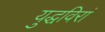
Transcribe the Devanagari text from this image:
युद्धविरां